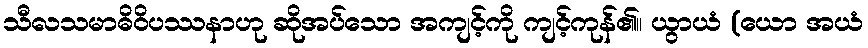
သီလသမာဓိဝိပဿနာဟု ဆိုအပ်သော အကျင့်ကို ကျင့်ကုန်၏။ ယွာယံ (ယော အယံ